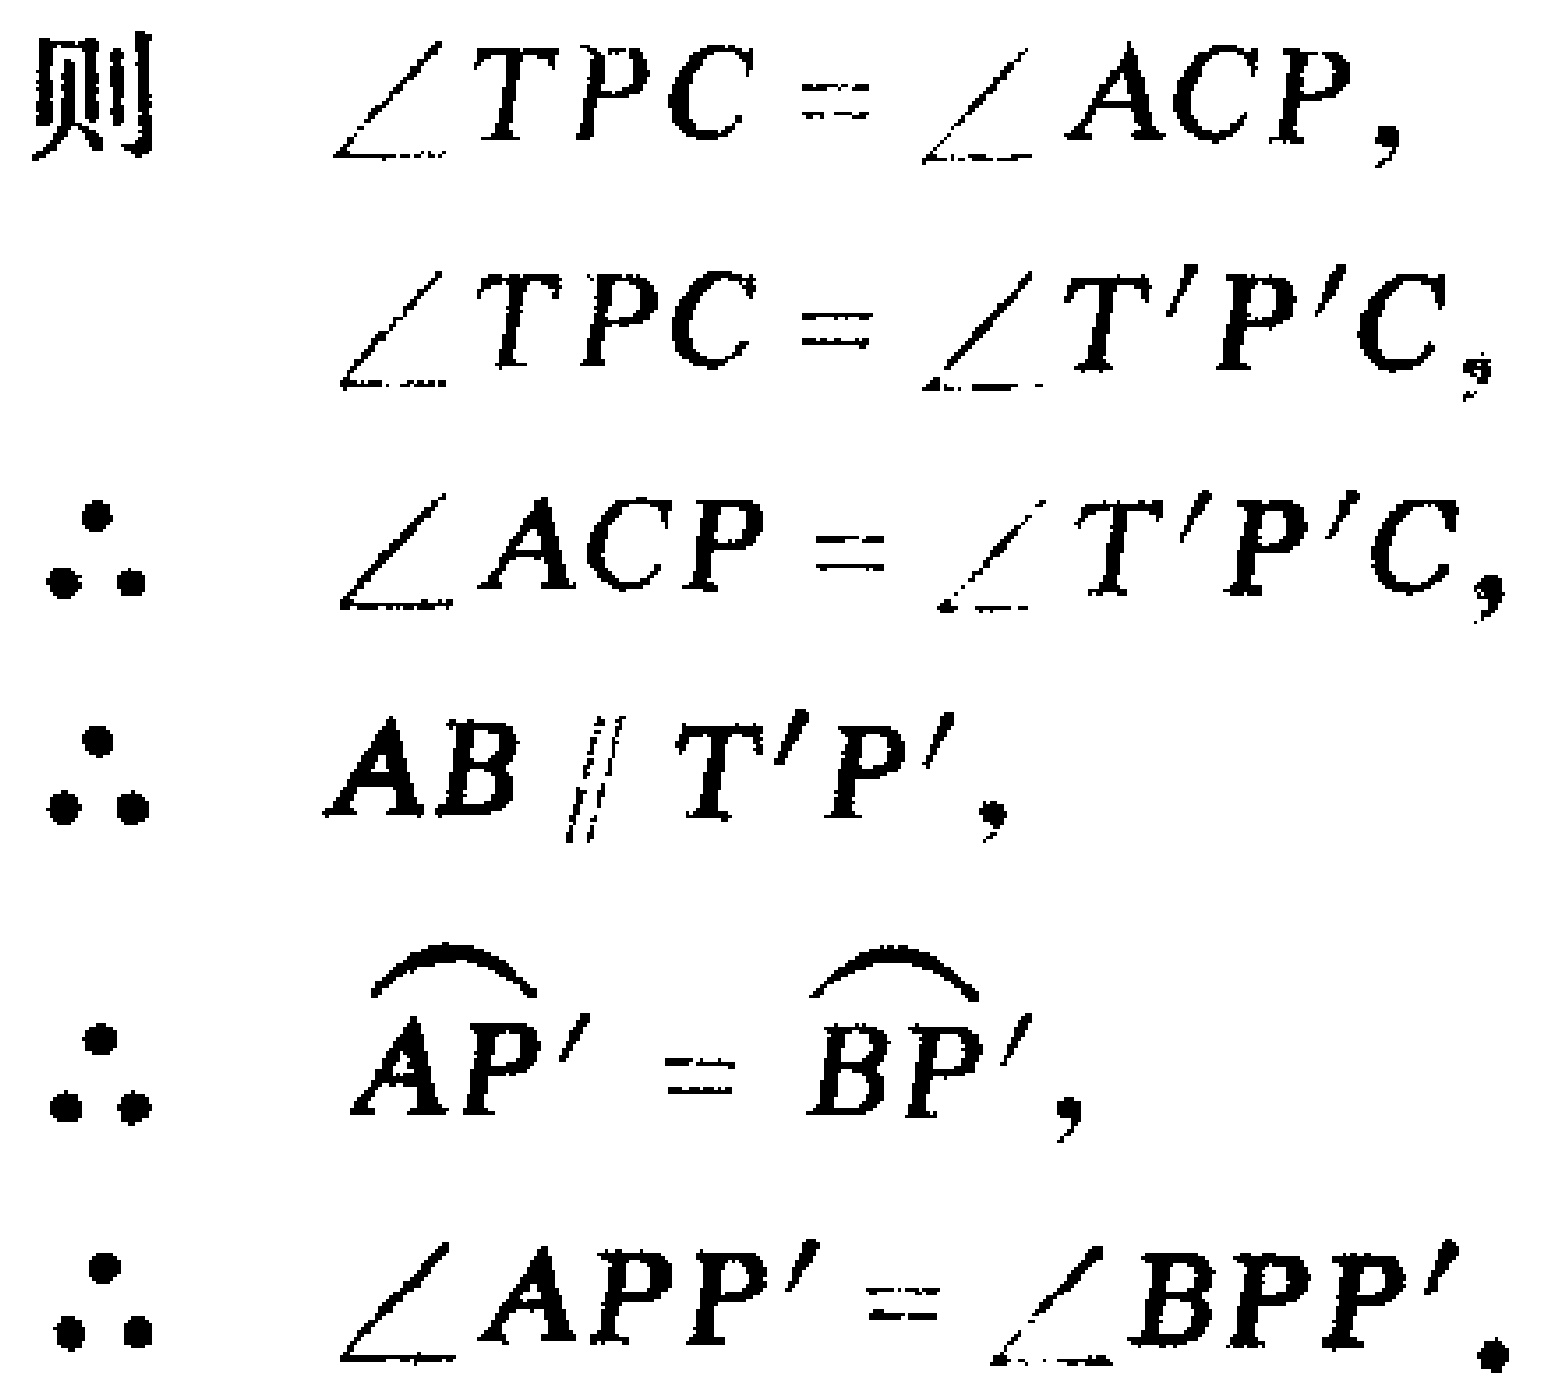
则 \(\angle TPC = \angle ACP\)，
\(\angle TPC = \angle T'P'C\)，
\(\therefore \angle ACP = \angle T'P'C\)，
\(\therefore AB \parallel T'P'\)，
\(\therefore \overset{\frown}{AP'} = \overset{\frown}{BP'}\)，
\(\therefore \angle APP' = \angle BPP'\)。